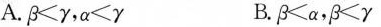
A. \beta ＜ \gamma，\alpha ＜ \gamma B. \beta ＜ \alpha，\beta ＜ \gamma